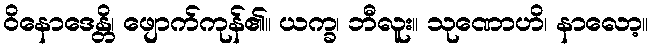
ဝိနောဒေန္တိ၊ ဖျောက်ကုန်၏။ ယက္ခ၊ ဘီလူး။ သုဏောဟိ၊ နာလော့။